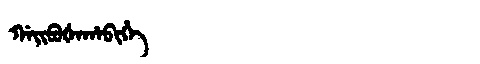
Manchu: ᡤᠠᡳᠪᡠᡧᠠᡥᠠᠪᡳᡥᡝ
Romanization: GAIBUŠAHABIHE